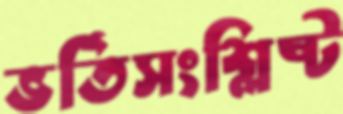
ভর্তিসংশ্লিষ্ট